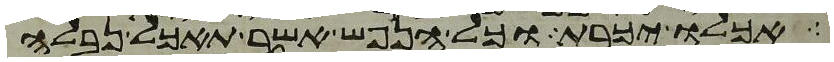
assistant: אכלו יכרת וכל הנפש אשר תאכל נבלה